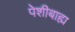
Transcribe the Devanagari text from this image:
पेशीबाह्य